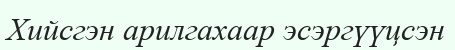
Хийсгэн арилгахаар эсэргүүцсэн